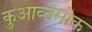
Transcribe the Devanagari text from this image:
कुआव्तेमोक